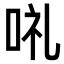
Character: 𠲥